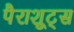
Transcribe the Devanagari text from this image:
पैराशूट्स